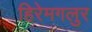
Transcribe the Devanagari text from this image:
हिरेमगलुर